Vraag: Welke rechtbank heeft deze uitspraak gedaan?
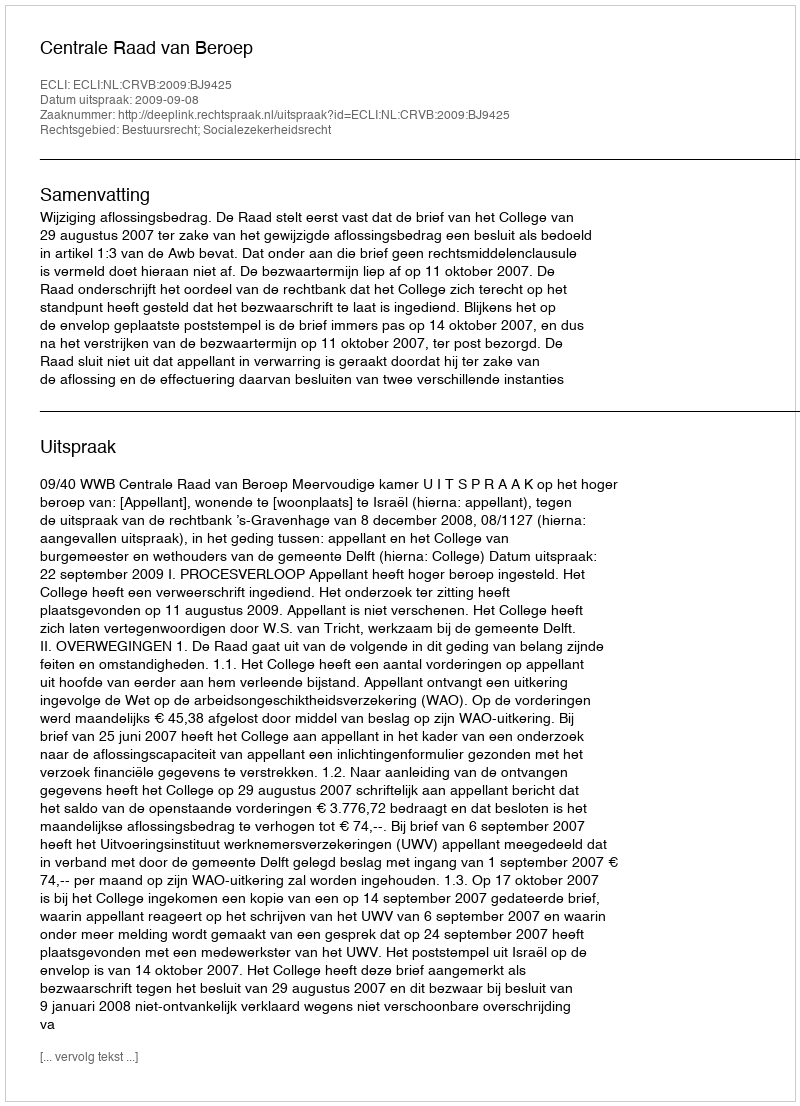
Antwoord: Centrale Raad van Beroep